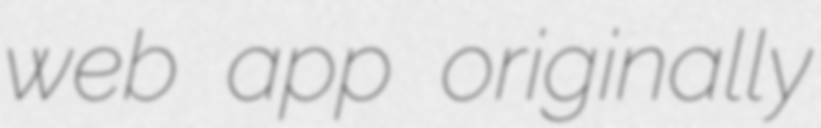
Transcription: web app originally